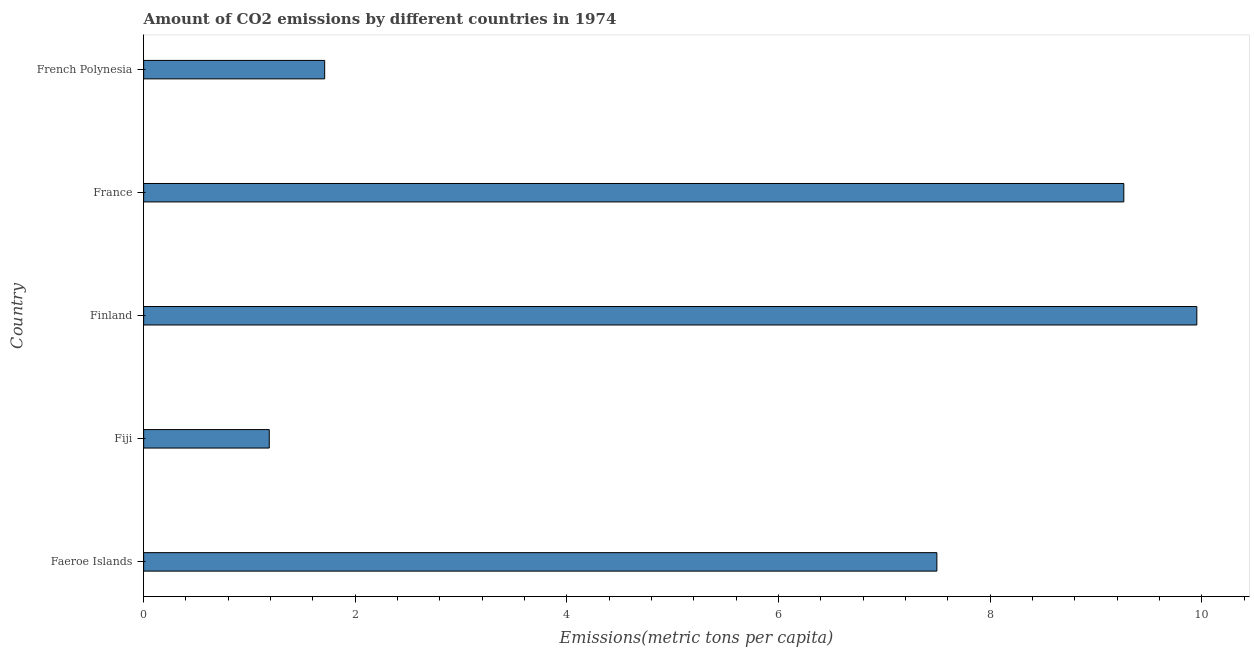
| Country | CO2 emissions |
 | --- | --- |
 | Faeroe Islands | 7.5 |
 | Fiji | 1.19 |
 | Finland | 9.95 |
 | France | 9.26 |
 | French Polynesia | 1.71 |